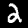
Digit: 2